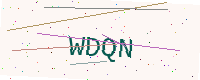
Text: WDQN